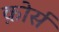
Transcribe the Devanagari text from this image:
क़ोर्स